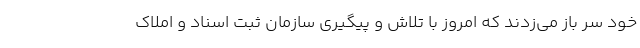
خود سر باز می‌زدند که امروز با تلاش و پیگیری سازمان ثبت اسناد و املاک